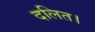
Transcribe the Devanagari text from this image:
दलित।